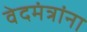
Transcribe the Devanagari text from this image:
वेदमंत्रांना